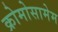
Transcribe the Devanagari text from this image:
क्रोमोसामेम